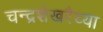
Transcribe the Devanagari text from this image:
चन्द्रशेखरैय्या